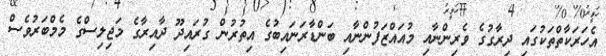
އެހަރަކާތްތަކުގައި ދިރާގުގެ ވެރިންނާއި މުއައްޒަފުންނާއި ބަންޑާރަނައިބުގެ އިތުރުން ގުރައިދޫ ދާއިރާގެ މަޖިލިސްގެ މެމްބަރުވެސް